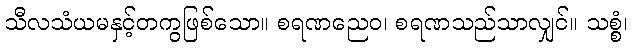
သီလသံယမနှင့်တကွဖြစ်သော။ စရဏညေဝ၊ စရဏသည်သာလျှင်။ သစ္စံ၊